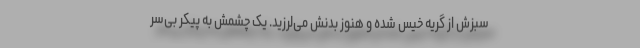
سبزش از گریه خیس شده و هنوز بدنش می‌لرزید. یک چشمش به پیکر بی‌سر